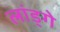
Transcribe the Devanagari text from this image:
लांड्गे